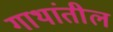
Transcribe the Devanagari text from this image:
गाथांतील